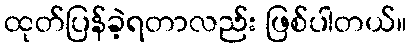
ထုတ်ပြန်ခဲ့ရတာလည်း ဖြစ်ပါတယ်။